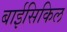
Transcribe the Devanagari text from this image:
बाईसिकिल